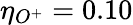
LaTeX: \eta_{O^{+}}=0.10